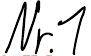
Nr. 1